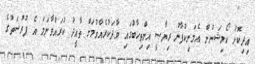
އިދިކޮޅު ކޯލިޝަނުން އެމަނިކުފާނު ރިޔާސީ އިންތިހާބުގައި ވާދަކުރެއްވުމަށް ތާއީދު ކުރައްވާނަމަ އެ ފުރުސަތުގެ